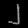
Digit: ၂